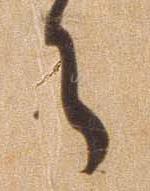
ら